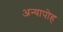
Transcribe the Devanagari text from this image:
अन्यापोह